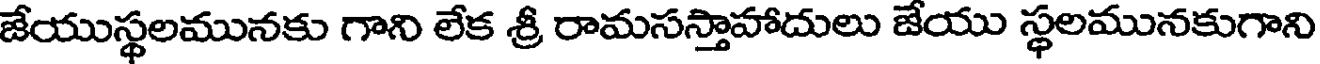
జేయుస్థలమునకు గాని లేక శ్రీ రామసస్తాహాదులు జేయు స్థలమునకుగాని